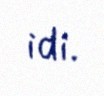
idi.